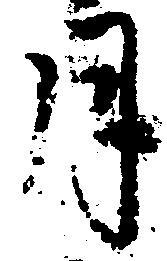
月